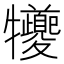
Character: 犪